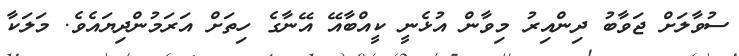
ސުވާލަށް ޖަވާބު ދިންއިރު މިވާން އުޅެނީ ކީއްބާއޭ އޭނާގެ ހިތަށް އަރަމުންދިޔައެވެ. މަލަކާ